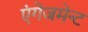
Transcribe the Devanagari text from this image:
एंगेजमेन्ट